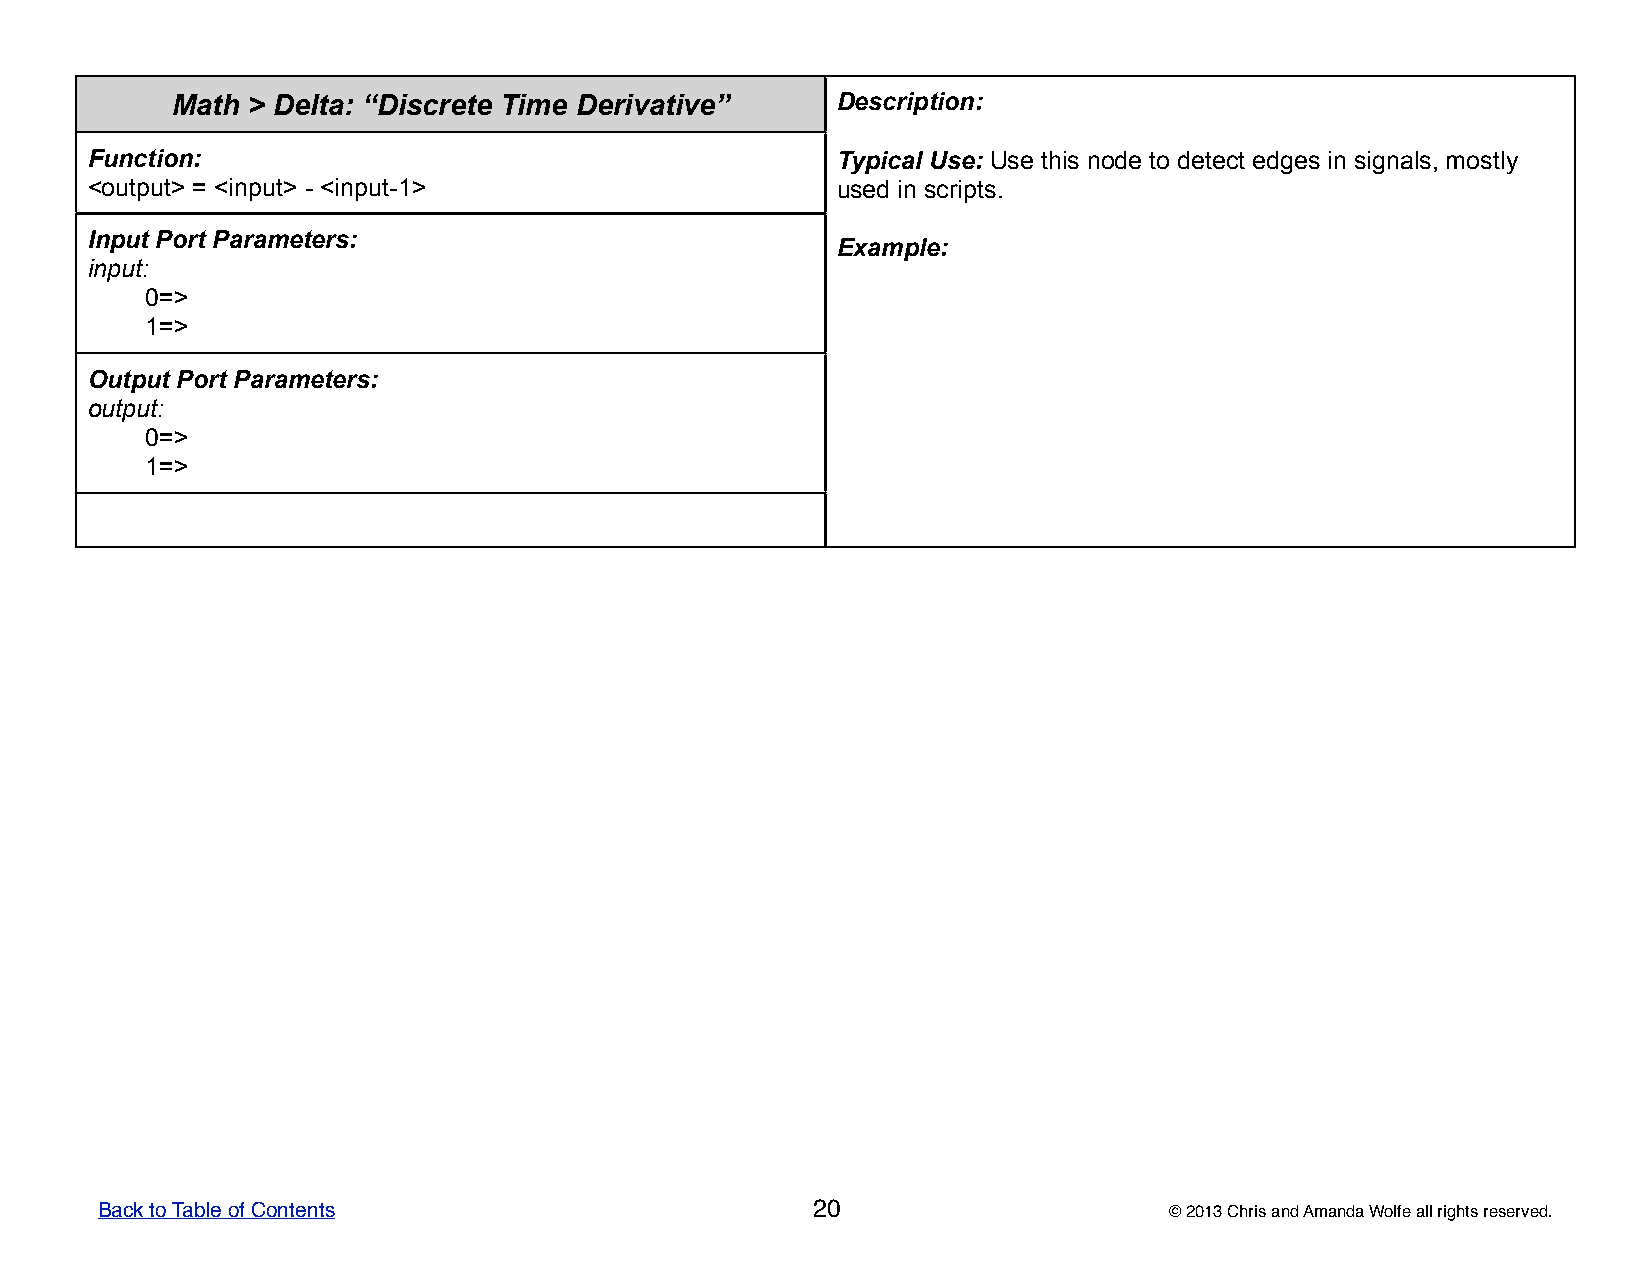
Math > Delta: “Discrete Time Derivative”    DDDDDeeeeessssscccccrrrrriiiiippppptttttiiiiiooooonnnnn:::::
 Function:                                        TTTTTyyyyypppppiiiiicccccaaaaalllll UUUUUssssseeeee::::: UUUUUssssseeeee ttttthhhhhiiiiisssss nnnnnooooodddddeeeee tttttooooo dddddeeeeettttteeeeecccccttttt eeeeedddddgggggeeeeesssss iiiiinnnnn sssssiiiiigggggnnnnnaaaaalllllsssss,,,,, mmmmmooooossssstttttlllllyyyyy
 <output> = <input> - <input-1>                   uuuuussssseeeeeddddd iiiiinnnnn ssssscccccrrrrriiiiippppptttttsssss.....
 Input Port Parameters:
 EEEEExxxxxaaaaammmmmpppppllllleeeee:::::
 input:
 0=>
 1=>
 Output Port Parameters:
 output:
 0=>
 1=>
 Back to Table of Contents                       20                     © 2013 Chris and Amanda Wolfe all rights reserved.